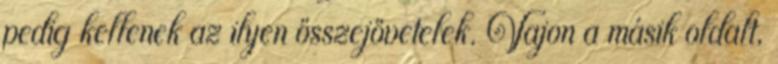
pedig kellenek az ilyen összejövetelek. Vajon a másik oldalt,